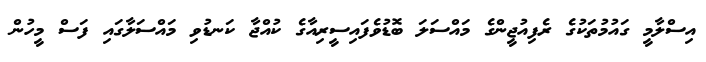
އިސްލާމީ ގައުމުތަކުގެ ރެފިއުޖީންގެ މައްސަލަ ބޮޑުވެފައިސީރިއާގެ ކުއްޖާ ކަނޑުވި މައްސަލާގަައި ފަސް މީހުން